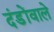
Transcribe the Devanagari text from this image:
दंडोंवाले